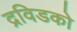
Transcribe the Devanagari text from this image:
द्रविडको